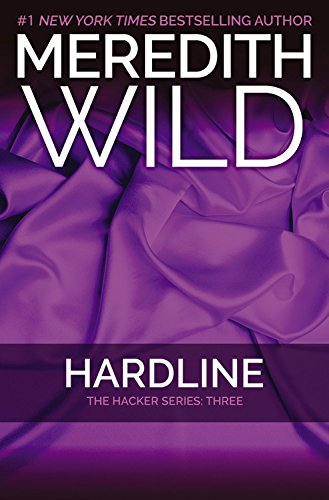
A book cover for Hardline: The Hacker Series #3; Meredith Wild; Romance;